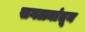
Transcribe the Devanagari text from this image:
सगळ्यांतून